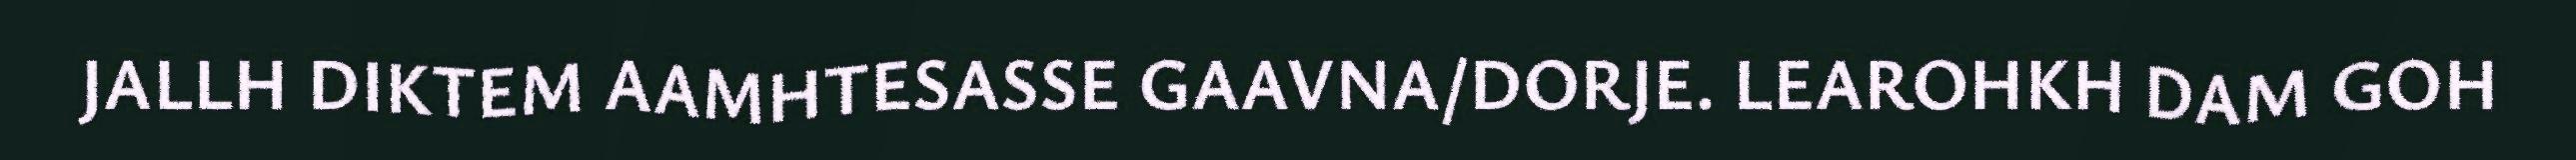
JALLH DIKTEM AAMHTESASSE GAAVNA/DORJE. LEAROHKH DAM GOH